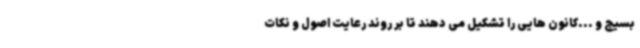
بسیج و ...کانون هایی را تشکیل می دهند تا بر روند رعایت اصول و نکات